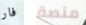
فار منصة